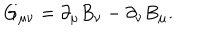
G _ { \mu \nu } = \partial _ { \mu } B _ { \nu } - \partial _ { \nu } B _ { \mu } .